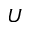
U